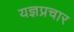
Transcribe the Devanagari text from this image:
यज्ञप्रचार